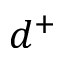
d ^ { + }